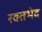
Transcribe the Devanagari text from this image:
रक्तभेद